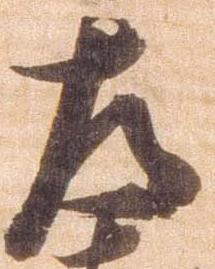
左